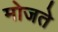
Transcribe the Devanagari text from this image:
मोजते